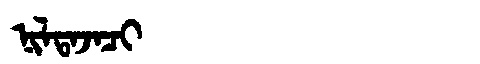
Manchu: ᠨᡳᠯᡨᠠᠵᠠᠴᡳ
Romanization: NILTAJACI